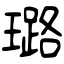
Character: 璐